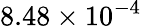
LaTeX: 8.48\times 10^{-4}